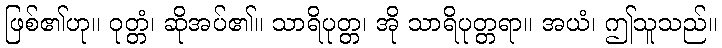
ဖြစ်၏ဟု။ ဝုတ္တံ၊ ဆိုအပ်၏။ သာရိပုတ္တ၊ အို သာရိပုတ္တရာ။ အယံ၊ ဤသူသည်။